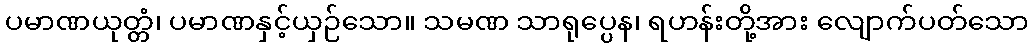
ပမာဏယုတ္တံ၊ ပမာဏနှင့်ယှဉ်သော။ သမဏ သာရုပ္ပေန၊ ရဟန်းတို့အား လျောက်ပတ်သော